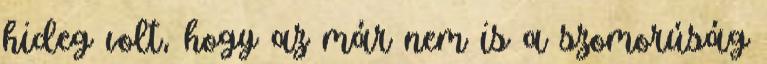
hideg volt, hogy az már nem is a szomorúság